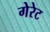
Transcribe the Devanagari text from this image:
गेरेट